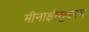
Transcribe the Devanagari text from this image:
मीनाक्षीसुदरम्